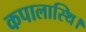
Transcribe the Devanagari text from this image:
कपालास्थि।